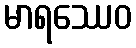
မာရဿေဝ